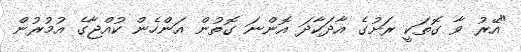
"އޭރު ވާ ގޮތަކީ ރަށުގެ އާދަކާދަ އޮންނަ ގޮތުން އަންހެން ކުއްޖާގެ އުމުރުން